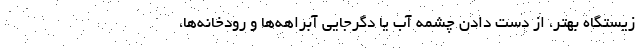
زیستگاه بهتر، از دست دادن چشمه آب یا دگرجایی آبراهه‌ها و رودخانه‌ها،